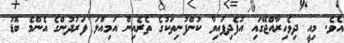
އެވެ. މިއީ ދިވެހިރާއްޖޭގައި އުފެދިފައިވާ ކުންފުނިތަކުގެ ތެރެއިން އަމިއްލަ ފަރުދުންގެ އެންމެ ބޮޑު